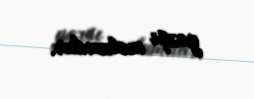
yaxşı məlumdur.